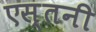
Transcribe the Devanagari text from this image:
एस्तनी